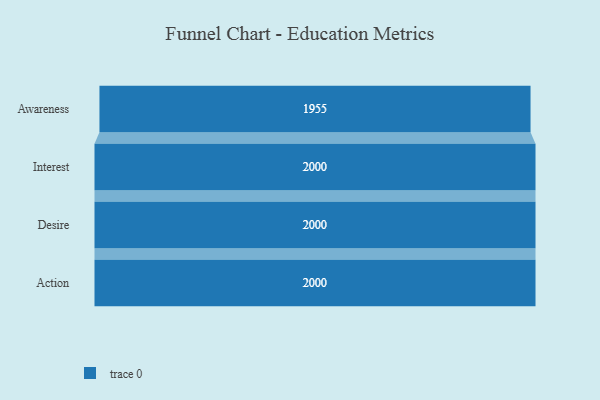
{"axis": {"x": "Stage", "y": "Value"}, "legend": [""], "data": [{"x": "Awareness", "y": 1955.0, "type": ""}, {"x": "Interest", "y": 2000, "type": ""}, {"x": "Desire", "y": 2000, "type": ""}, {"x": "Action", "y": 2000, "type": ""}]}